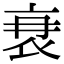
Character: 𮕫